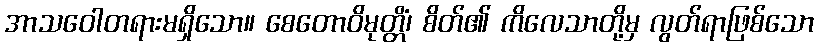
အာသဝေါတရားမရှိသော။ စေတောဝိမုတ္တိံ၊ စိတ်၏ ကိလေသာတို့မှ လွတ်ရာဖြစ်သော